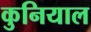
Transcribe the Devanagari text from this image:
कुनियाल